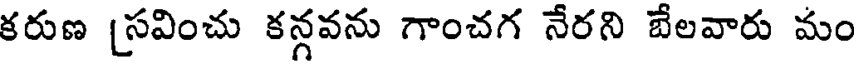
కరుణ [సవించు కన్గవను గాంచగ నేరని బేలవారు మం